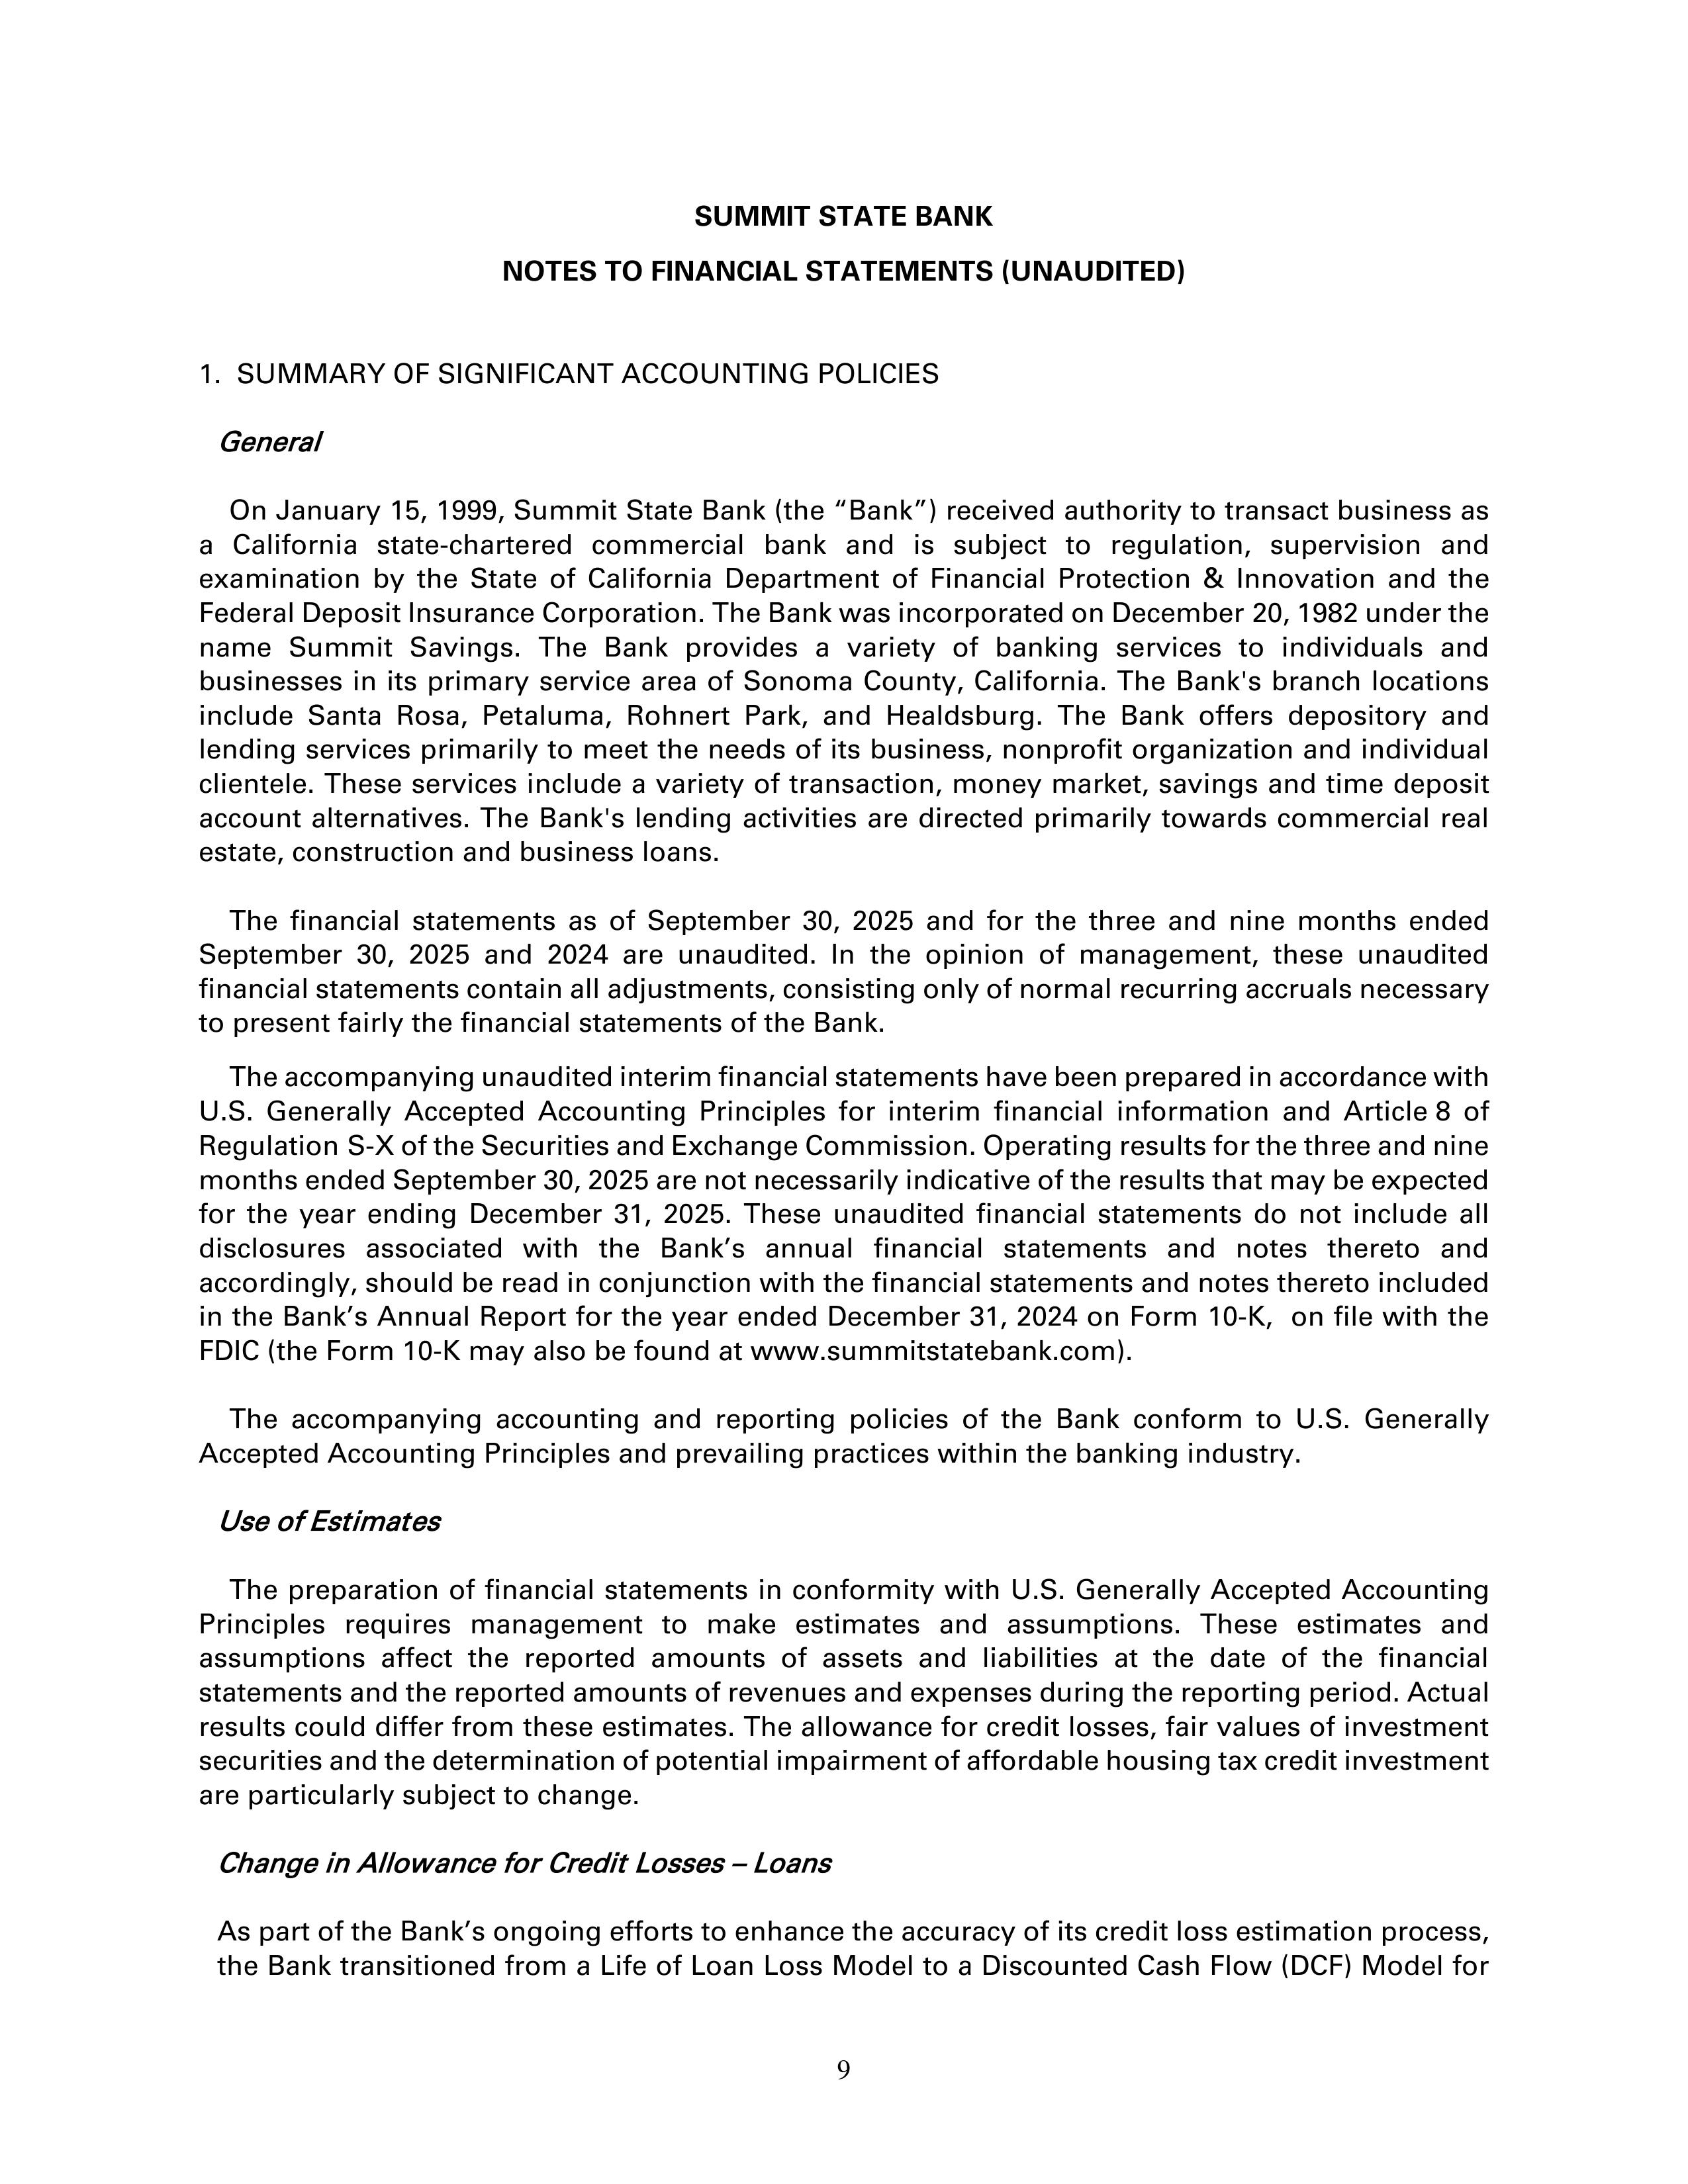
SUMMIT STATE BANK
NOTES TO FINANCIAL STATEMENTS (UNAUDITED)

1.  SUMMARY OF SIGNIFICANT ACCOUNTING POLICIES

General

On January 15, 1999, Summit State Bank (the “Bank”) received authority to transact business as
a California state-chartered commercial bank and is subject to regulation, supervision and
examination by the State of California Department of Financial Protection & Innovation and the
Federal Deposit Insurance Corporation. The Bank was incorporated on December 20, 1982 under the
name Summit Savings. The Bank provides a variety of banking services to individuals and
businesses in its primary service area of Sonoma County, California. The Bank’s branch locations
include Santa Rosa, Petaluma, Rohnert Park, and Healdsburg. The Bank offers depository and
lending services primarily to meet the needs of its business, nonprofit organization and individual
clientele. These services include a variety of transaction, money market, savings and time deposit
account alternatives. The Bank’s lending activities are directed primarily towards commercial real
estate, construction and business loans.

The financial statements as of September 30, 2025 and for the three and nine months ended
September 30, 2025 and 2024 are unaudited. In the opinion of management, these unaudited
financial statements contain all adjustments, consisting only of normal recurring accruals necessary
to present fairly the financial statements of the Bank.

The accompanying unaudited interim financial statements have been prepared in accordance with
U.S. Generally Accepted Accounting Principles for interim financial information and Article 8 of
Regulation S-X of the Securities and Exchange Commission. Operating results for the three and nine
months ended September 30, 2025 are not necessarily indicative of the results that may be expected
for the year ending December 31, 2025. These unaudited financial statements do not include all
disclosures associated with the Bank’s annual financial statements and notes thereto and
accordingly, should be read in conjunction with the financial statements and notes thereto included
in the Bank’s Annual Report for the year ended December 31, 2024 on Form 10-K, on file with the
FDIC (the Form 10-K may also be found at www.summitstatebank.com).

The accompanying accounting and reporting policies of the Bank conform to U.S. Generally
Accepted Accounting Principles and prevailing practices within the banking industry.

Use of Estimates

The preparation of financial statements in conformity with U.S. Generally Accepted Accounting
Principles requires management to make estimates and assumptions. These estimates and
assumptions affect the reported amounts of assets and liabilities at the date of the financial
statements and the reported amounts of revenues and expenses during the reporting period. Actual
results could differ from these estimates. The allowance for credit losses, fair values of investment
securities and the determination of potential impairment of affordable housing tax credit investment
are particularly subject to change.

Change in Allowance for Credit Losses – Loans

As part of the Bank’s ongoing efforts to enhance the accuracy of its credit loss estimation process,
the Bank transitioned from a Life of Loan Loss Model to a Discounted Cash Flow (DCF) Model for

9